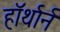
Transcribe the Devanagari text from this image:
हॉर्थार्न